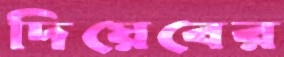
দিয়েবের